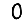
Digit: 0